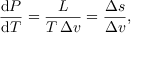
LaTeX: { \frac { \mathrm { d } P } { \mathrm { d } T } } = { \frac { L } { T \, \Delta v } } = { \frac { \Delta s } { \Delta v } } ,